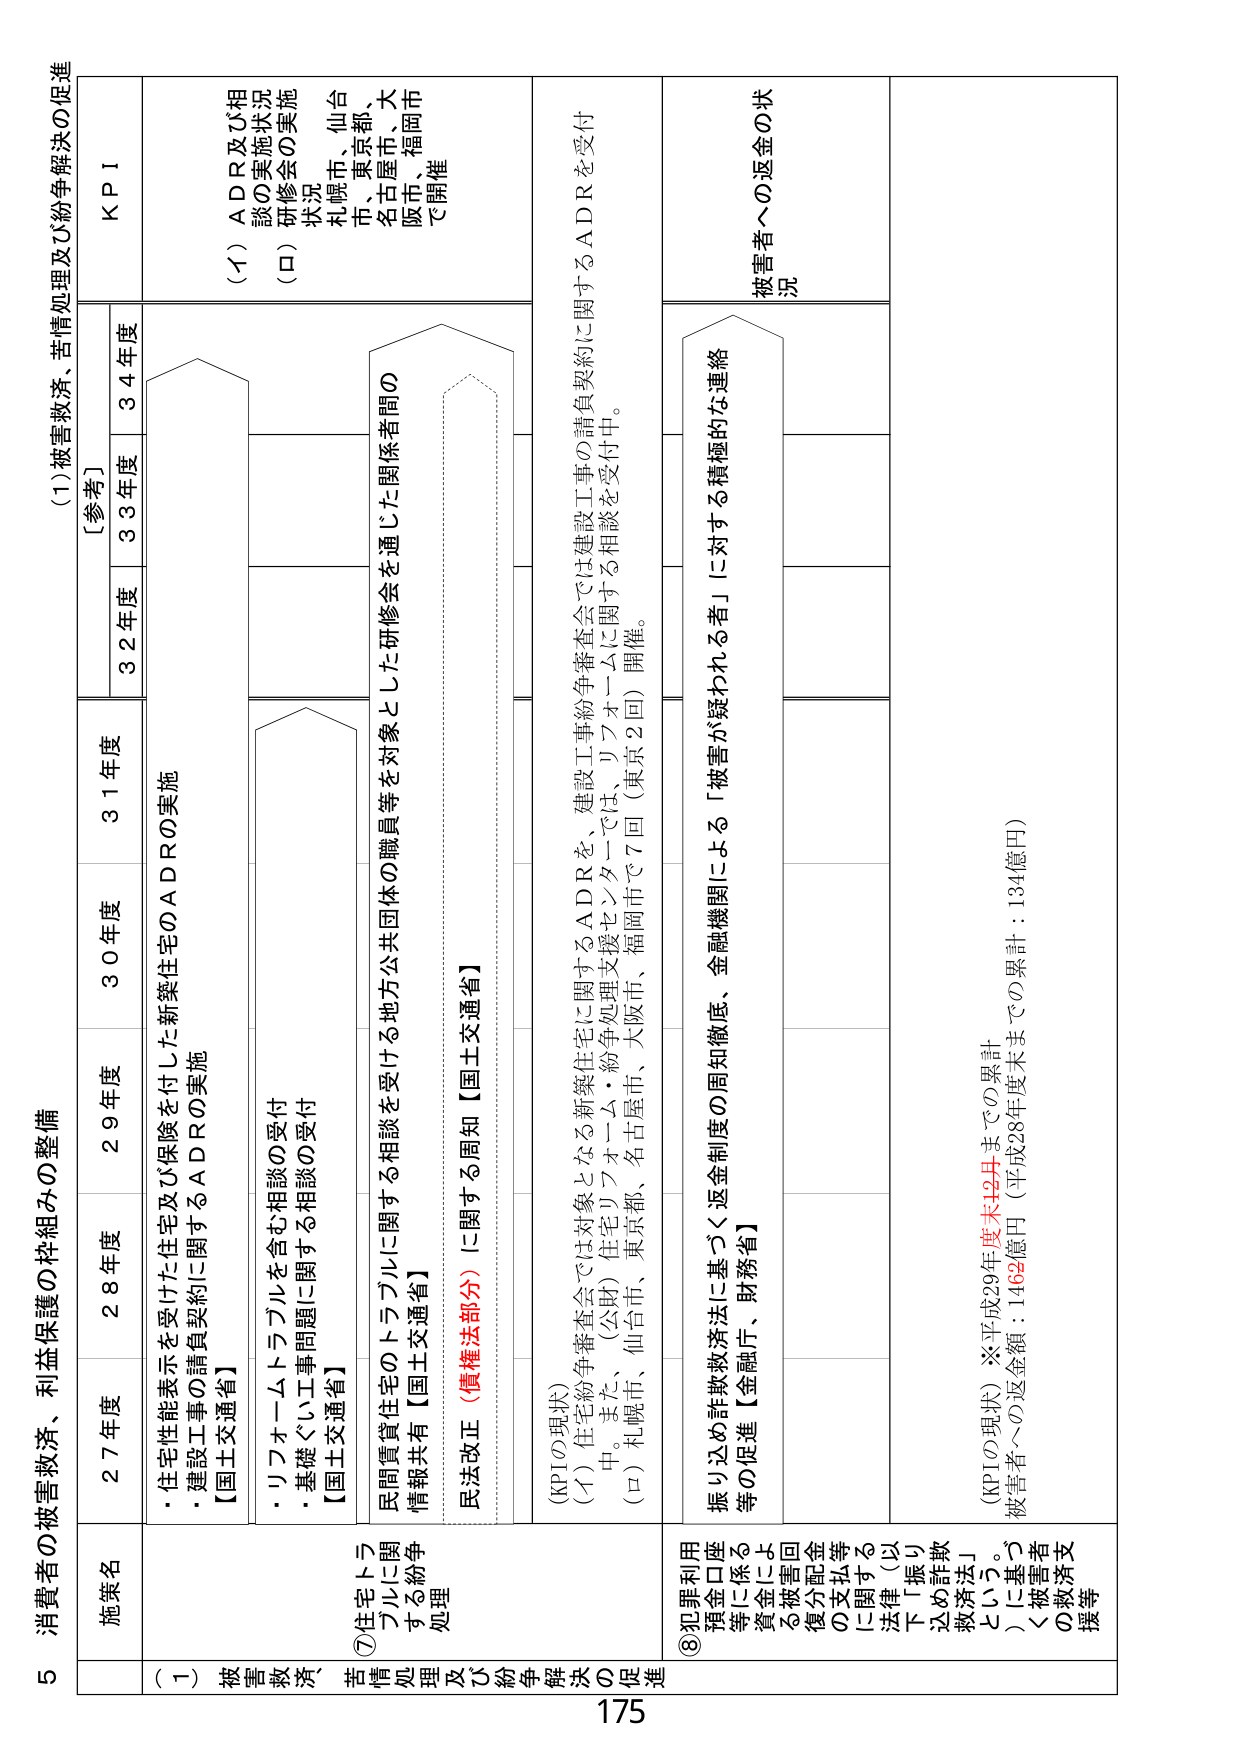
5 消費者の被害救済、利益保護の枠組みの整備

(1) 被害救済、苦情処理及び紛争解決の促進

施策名
27年度
28年度
29年度
30年度
31年度
32年度
33年度
34年度
KPI

(1) 被害救済、苦情処理及び紛争解決の促進
⑦住宅トラブルに関する紛争処理及び紛争解決の促進
・住宅性能表示を受けた住宅及び保険を付した新築住宅のADRの実施
・建設工事の請負契約に関するADRの実施
【国土交通省】
・リフォームトラブルを含む相談の受付
・基礎ぐい工事問題に関する相談の受付
【国土交通省】
民間賃貸住宅のトラブルに関する相談を受ける地方公共団体の職員等を対象とした研修会を通じた関係者間の情報共有【国土交通省】
民法改正（債権法部分）に関する周知【国土交通省】
(KPIの現状)
(イ) 住宅紛争審査会では対象となる新築住宅に関するADRを、建設工事紛争審査会では建設工事の請負契約に関するADRを受付中。また、(公財)住宅リフォーム・紛争処理支援センターでは、リフォームに関する相談を受付中。
(ロ) 札幌市、仙台市、東京都、名古屋市、大阪市、福岡市で7回（東京2回）開催。
(イ) ADR及び相談の実施状況
(ロ) 研修会の実施状況
札幌市、仙台市、東京都、名古屋市、大阪市、福岡市で開催

⑧犯罪利用預金口座等に係る資金に係る被害回復分配金の支払等に関する法律（以下「振り込め詐欺救済法」）について。）に基づく被害者への救済支援等
振り込め詐欺救済法に基づく返金制度の周知徹底、金融機関による「被害が疑われる者」に対する積極的な連絡等の促進【金融庁、財務省】
(KPIの現状) ※平成29年度末12月までの累計
被害者への返金額：1462億円（平成28年度末までの累計：134億円）
被害者への返金の状況